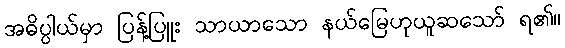
အဓိပ္ပါယ်မှာ ပြန့်ပြူး သာယာသော နယ်မြေဟုယူဆသော် ရ၏။